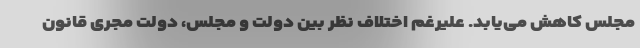
مجلس کاهش می‌یابد. علیرغم اختلاف نظر بین دولت و مجلس، دولت مجری قانون